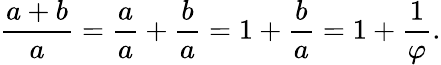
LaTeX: {\frac{a+b}{a}}={\frac{a}{a}}+{\frac{b}{a}}=1+{\frac{b}{a}}=1+{\frac{1}{\varphi}}.